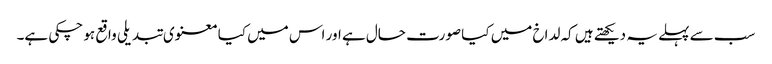
سب سے پہلے یہ دیکھتے ہیں کہ لداخ میں کیا صورت حال ہے اور اس میں کیا معنوی تبدیلی واقع ہو چکی ہے۔